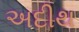
અદીથ